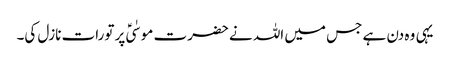
یہی وہ دن ہے جس میں اللہ نے حضرت موسٰیؑ پر تورات نازل کی۔